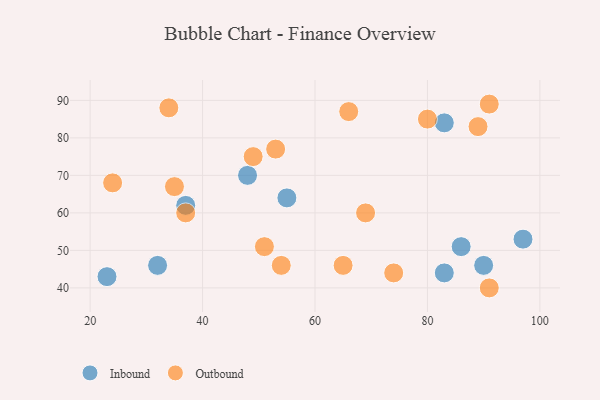
{"axis": {"x": "GDP", "y": "Life Expectancy"}, "legend": ["Inbound", "Outbound"], "data": [{"x": "32", "y": 46, "type": "Inbound"}, {"x": "86", "y": 51, "type": "Inbound"}, {"x": "83", "y": 84, "type": "Inbound"}, {"x": "83", "y": 44, "type": "Inbound"}, {"x": "97", "y": 53, "type": "Inbound"}, {"x": "23", "y": 43, "type": "Inbound"}, {"x": "37", "y": 62, "type": "Inbound"}, {"x": "90", "y": 46, "type": "Inbound"}, {"x": "48", "y": 70, "type": "Inbound"}, {"x": "55", "y": 64, "type": "Inbound"}, {"x": "53", "y": 77, "type": "Outbound"}, {"x": "69", "y": 60, "type": "Outbound"}, {"x": "24", "y": 68, "type": "Outbound"}, {"x": "49", "y": 75, "type": "Outbound"}, {"x": "91", "y": 89, "type": "Outbound"}, {"x": "66", "y": 87, "type": "Outbound"}, {"x": "74", "y": 44, "type": "Outbound"}, {"x": "35", "y": 67, "type": "Outbound"}, {"x": "91", "y": 40, "type": "Outbound"}, {"x": "80", "y": 85, "type": "Outbound"}, {"x": "37", "y": 60, "type": "Outbound"}, {"x": "51", "y": 51, "type": "Outbound"}, {"x": "65", "y": 46, "type": "Outbound"}, {"x": "34", "y": 88, "type": "Outbound"}, {"x": "54", "y": 46, "type": "Outbound"}, {"x": "89", "y": 83, "type": "Outbound"}]}